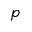
p